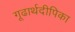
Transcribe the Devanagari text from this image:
गूढार्थदीपिका